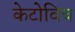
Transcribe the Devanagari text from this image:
केटोविच